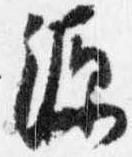
源